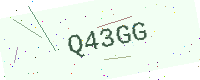
Text: Q43GG